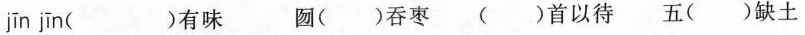
jīn jīn ( )有味 囫 ()吞枣 ( )首以待 五( )缺土